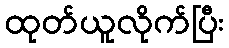
ထုတ်ယူလိုက်ပြီး